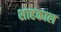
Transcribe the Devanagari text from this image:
शाहकाल